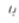
يا